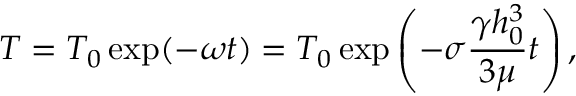
T = T _ { 0 } \exp ( - \omega t ) = T _ { 0 } \exp \left( - \sigma \frac { \gamma h _ { 0 } ^ { 3 } } { 3 \mu } t \right) ,